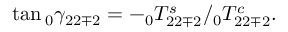
\tan \phantom { } _ { 0 } \gamma _ { 2 2 \mp 2 } = - \phantom { } _ { 0 } T _ { 2 2 \mp 2 } ^ { s } / \phantom { } _ { 0 } T _ { 2 2 \mp 2 } ^ { c } .